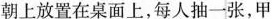
朝上放置在桌面上，每人抽一张，甲